King Institute of Preventive Medicine Bacteriolog. Section reports 1907-08
Year: 1907
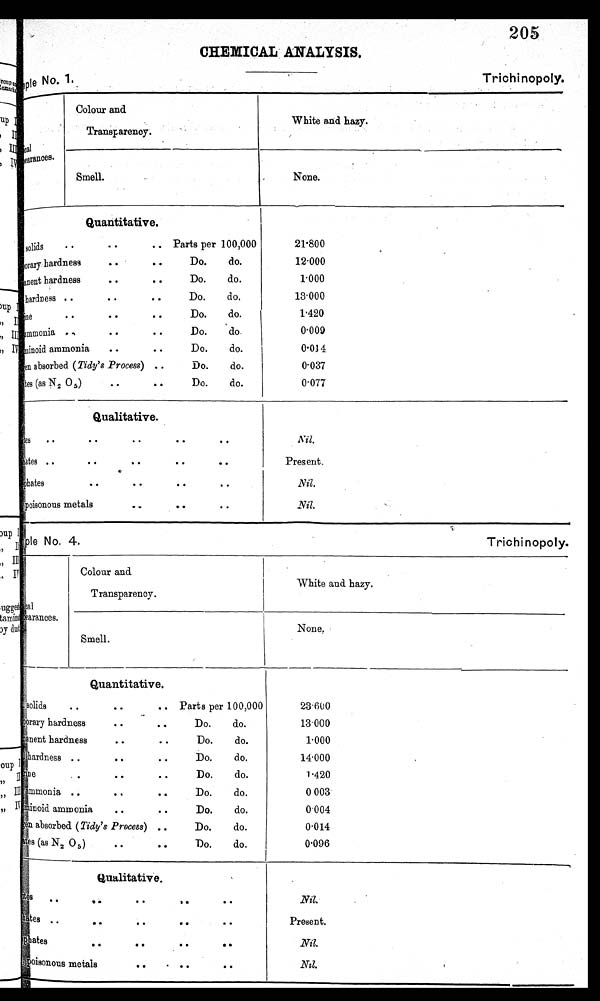
205 CHEMICAL ANALYSIS.
No. i.
Trichinopoly.
cal
appearances.
Colour and
Transparency.
White and hazy.
Smell.
None.
Quantitative.
solids
• •
• •
.. Parts per 100,000
orary. hardness
• •
• •
Do.
do.
anent hardness
..
• •
Do.
do.
hardness • .
• •
Do.
do.
ne
• •
• •
• •
Do.
do.
ammonia • ,
• •
• •
Do.
do.
minoid ammonia
..
• •
Do.
do.
en absorbed (Tidy's Process) ..
Do.
do.
• •
es (as N 2 O5 )•
•
Do.
do.
21.800
12.000
1.000
13.000
1.420
0.009
0.014
0.037
0 . 0 7 7
Qualitative.
tes
..
..
• •
..
..
'Fates
..
• •
..
• .
..
phates ..
• •
• •
• •
poisonous metals
• .
..
• •
Nit.
Present.
Nil.
.Nil.
4.
Trichi
No
nopoly. I
Sample No.
.
Physical appearances.
Colour and
Transparency.
White and hazy.
Smell.
None.
Quantitative.
solids
• •
..
.. Parts per 100,000
Temporary hardness .. • • Do. do.
permanent hardness • • • • Do. do.
hardness • .
..
..
Do.
do.
rine
, .
...
• •
Do.
do.
4
ammoni a .. .. . • Do. do.
Albuminoid ammonia .. .. Do. do.
en absorbed (lady's Process) ..
Do.
do.
t es (as N 2 O5 )
..
• •
Do.
do.
23'6U0
1 3 . 0 0 0
1.000
14.000
1.420
0 003
0.004
0.014
0.096
Qualitative.
es
•
•
1 tes .•
.•
• •
..
phates
..
• • • •
• •
poisonous metals • • . • • • •
. N i l .
.
Present.
Nil.
Nil.